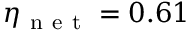
\eta _ { \mathrm { ~ n ~ e ~ t ~ } } = 0 . 6 1